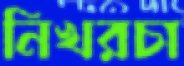
নিখরচা